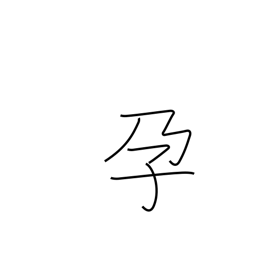
Meaning: become pregnant